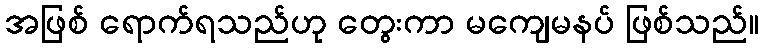
အဖြစ် ရောက်ရသည်ဟု တွေးကာ မကျေမနပ် ဖြစ်သည်။